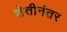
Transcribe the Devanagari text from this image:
शेतीनंतर